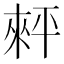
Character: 𢆠